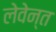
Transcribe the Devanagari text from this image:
लेवेन्त